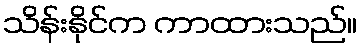
သိန်းနိုင်က ကာထားသည်။